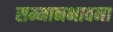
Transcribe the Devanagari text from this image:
सम्मानभावना